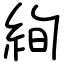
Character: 絢